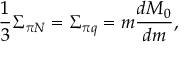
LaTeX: { \frac { 1 } { 3 } } \Sigma _ { \pi N } = \Sigma _ { \pi q } = m { \frac { d M _ { 0 } } { d m } } ,